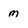
Character: M